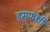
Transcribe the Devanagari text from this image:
हृमफक्षी